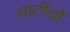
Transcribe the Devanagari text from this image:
पार्टीयों